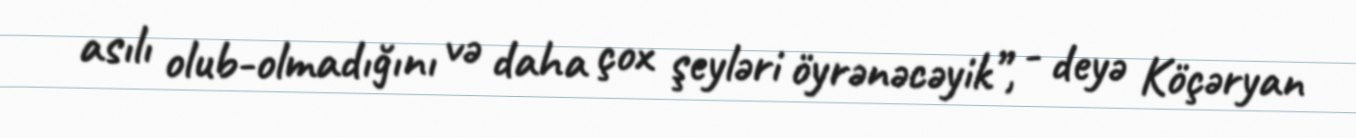
asılı olub-olmadığını və daha çox şeyləri öyrənəcəyik”, - deyə Köçəryan